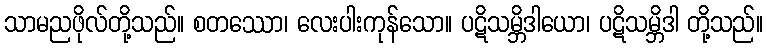
သာမညဖိုလ်တို့သည်။ စတဿော၊ လေးပါးကုန်သော။ ပဋိသမ္ဘိဒါယော၊ ပဋိသမ္ဘိဒါ တို့သည်။